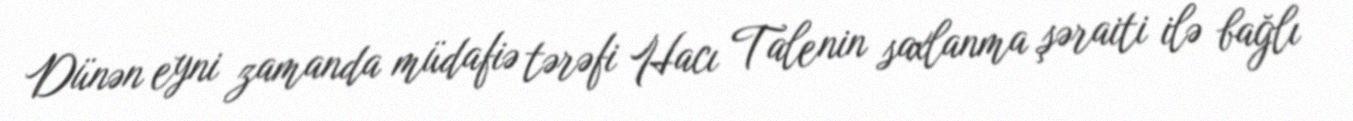
Dünən eyni zamanda müdafiə tərəfi Hacı Talenin saxlanma şəraiti ilə bağlı